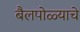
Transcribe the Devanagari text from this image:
बैलपोळ्याचे